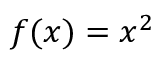
f ( x ) = x ^ { 2 }